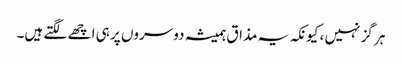
ہر گز نہیں ، کیونکہ یہ مذاق ہمیشہ دوسروں پر ہی اچھے لگتے ہیں۔